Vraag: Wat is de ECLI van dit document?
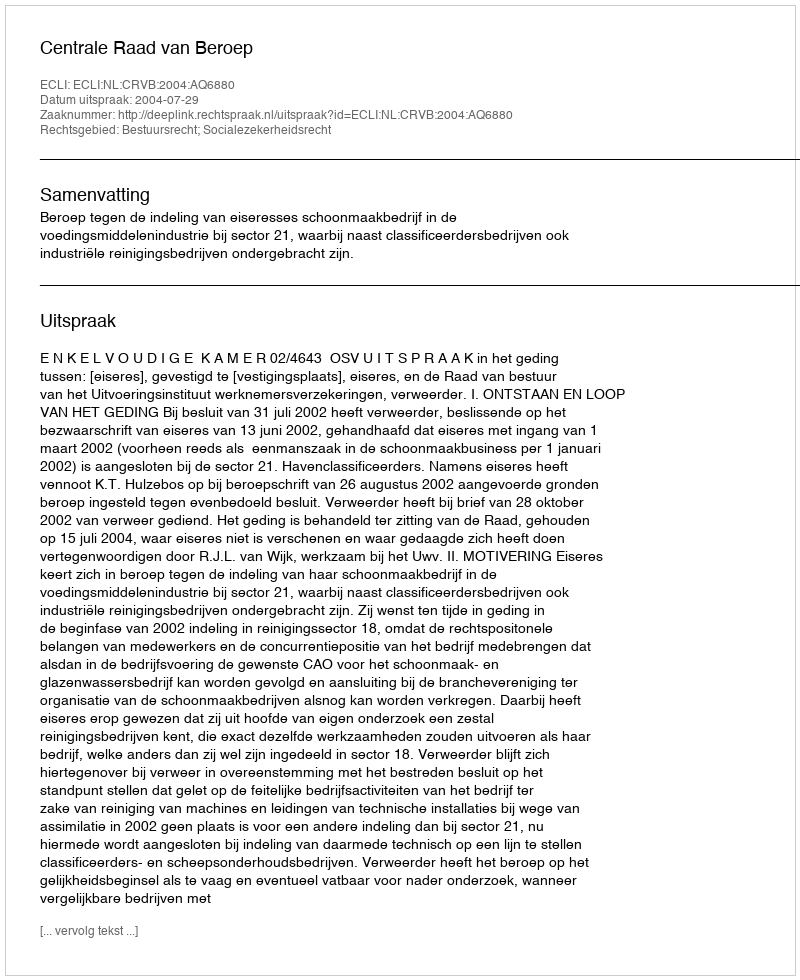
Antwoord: ECLI:NL:CRVB:2004:AQ6880